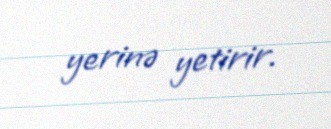
yerinə yetirir.